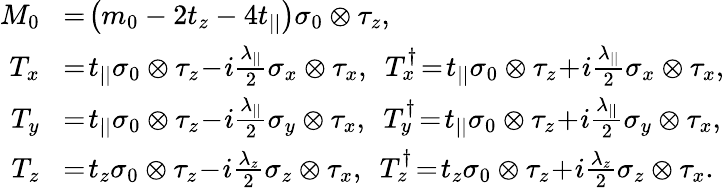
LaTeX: \begin{array}{rl}{M_{0}}&{\! =\! \left(m_{0}-2t_{z}-4t_{||}\right)\sigma_{0}\otimes\tau_{z},}\\ {T_{x}}&{\! =\! t_{||}\sigma_{0}\otimes\tau_{z}\! -\! i\frac{\lambda_{||}}{2}\sigma_{x}\otimes\tau_{x},~~T_{x}^{\dagger}\! =\! t_{||}\sigma_{0}\otimes\tau_{z}\! +\! i\frac{\lambda_{||}}{2}\sigma_{x}\otimes\tau_{x},}\\ {T_{y}}&{\! =\! t_{||}\sigma_{0}\otimes\tau_{z}\! -\! i\frac{\lambda_{||}}{2}\sigma_{y}\otimes\tau_{x},~~T_{y}^{\dagger}\! =\! t_{||}\sigma_{0}\otimes\tau_{z}\! +\! i\frac{\lambda_{||}}{2}\sigma_{y}\otimes\tau_{x},}\\ {T_{z}}&{\! =\! t_{z}\sigma_{0}\otimes\tau_{z}\! -\! i\frac{\lambda_{z}}{2}\sigma_{z}\otimes\tau_{x},~~T_{z}^{\dagger}\! =\! t_{z}\sigma_{0}\otimes\tau_{z}\! +\! i\frac{\lambda_{z}}{2}\sigma_{z}\otimes\tau_{x}.}\end{array}